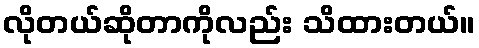
လိုတယ်ဆိုတာကိုလည်း သိထားတယ်။